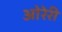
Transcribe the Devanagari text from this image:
ओरेरी